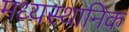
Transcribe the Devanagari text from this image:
मध्यस्थानिक